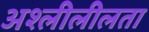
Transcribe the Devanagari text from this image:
अश्लीलीलता